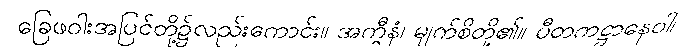
ခြေဖဝါးအပြင်တို့၌လည်းကောင်း။ အက္ခီနံ၊ မျက်စိတို့၏။ ပီတကဋ္ဌာနေဝါ၊